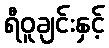
ရီဝူချင်းနှင့်